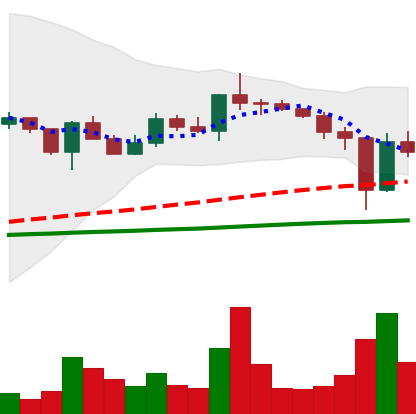
Ticker: XLM-USD
Chart end date: 2020-12-25
Forward return: -13.549%
Label: down_7plus